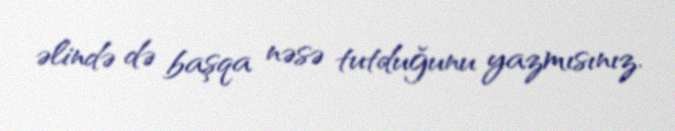
əlində də başqa nəsə tutduğunu yazmısınız.